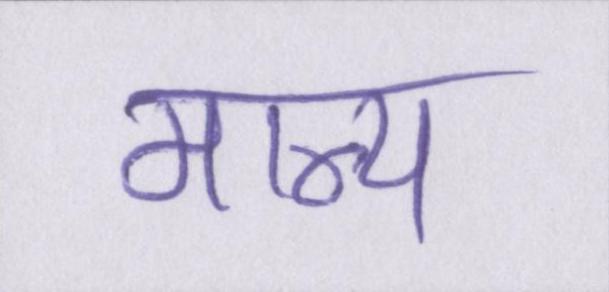
मान्य